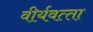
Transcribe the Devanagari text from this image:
वीर्यवत्‍ता